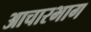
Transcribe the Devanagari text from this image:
आचारभाग